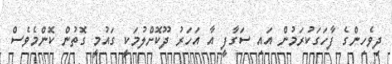
ދިވެހިންގެ ފާހަގަކުރަމުން އައި ސަގާފީ އާ އަހަރު ދޫކޮށްލުމަކީ ގައުމީ ގޮތުން ކޮންމެވެސް